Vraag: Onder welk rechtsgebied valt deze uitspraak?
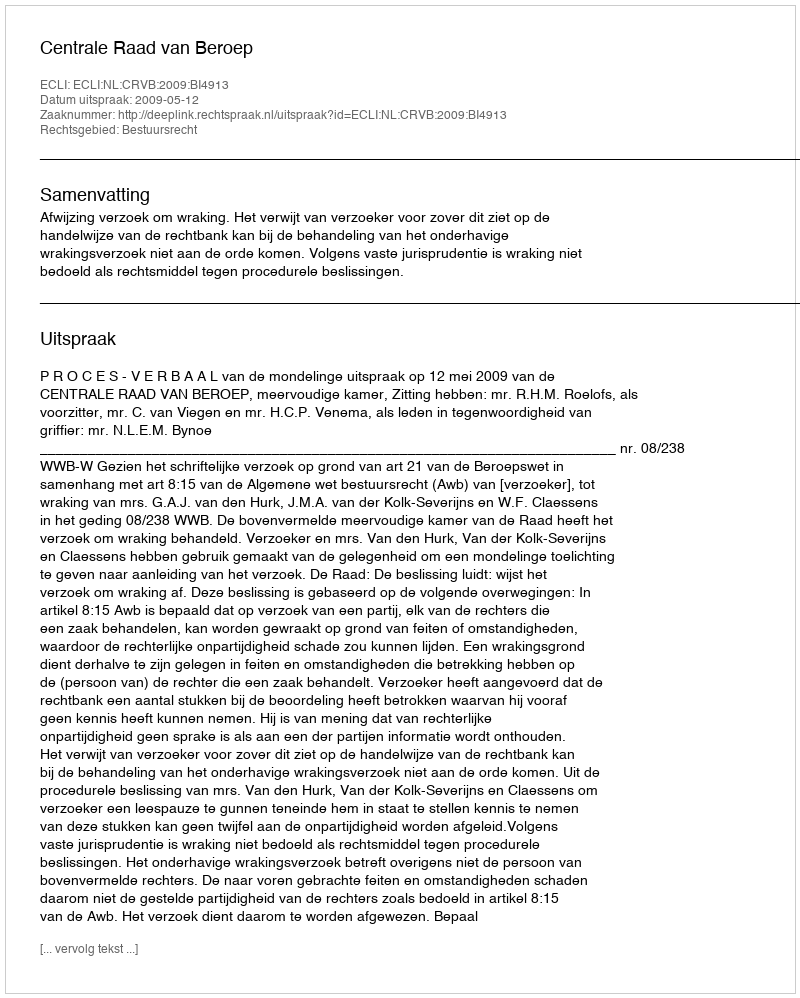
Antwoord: Bestuursrecht